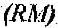
(RM)